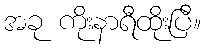
အခု ကိုးနာရီထိုးပြီ။